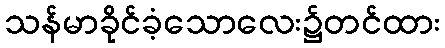
သန်မာခိုင်ခံ့သောလေး၌တင်ထား